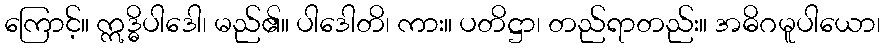
ကြောင့်။ ဣဒ္ဓိပါဒေါ၊ မည်၏။ ပါဒေါတိ၊ ကား။ ပတိဋ္ဌာ၊ တည်ရာတည်း။ အဓိဂမူပါယော၊